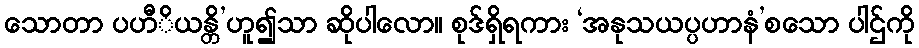
သောတာ ပဟီိယန္တိ’ဟူ၍သာ ဆိုပါလော။ စုဒ်ရှိရကား ‘အနုသယပ္ပဟာနံ’စသော ပါဌ်ကို